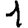
Digit: 1